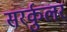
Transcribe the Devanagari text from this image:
सरर्कुलर